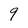
Character: 9